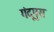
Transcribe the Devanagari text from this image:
गंदूपुरा